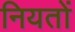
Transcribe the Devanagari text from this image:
नियतों